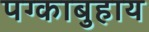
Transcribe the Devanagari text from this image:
पग्काबुहाय